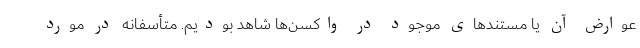
عوارض آن یا مستندهای موجود در واکسن‌ها شاهد بودیم. متأسفانه در مورد